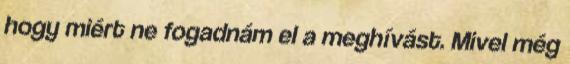
hogy miért ne fogadnám el a meghívást. Mivel még